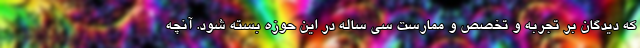
که دیدگان بر تجربه و تخصص و ممارست سی ساله در این حوزه بسته شود. آنچه